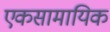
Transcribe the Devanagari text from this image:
एकसामायिक